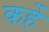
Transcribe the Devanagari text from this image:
कर्हे